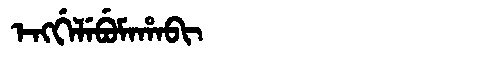
Manchu: ᡝᠩᡤᡝᠯᡝᠪᡠᠮᠠᡥᠠᠪᡳ
Romanization: ENGGELEBUMAHABI